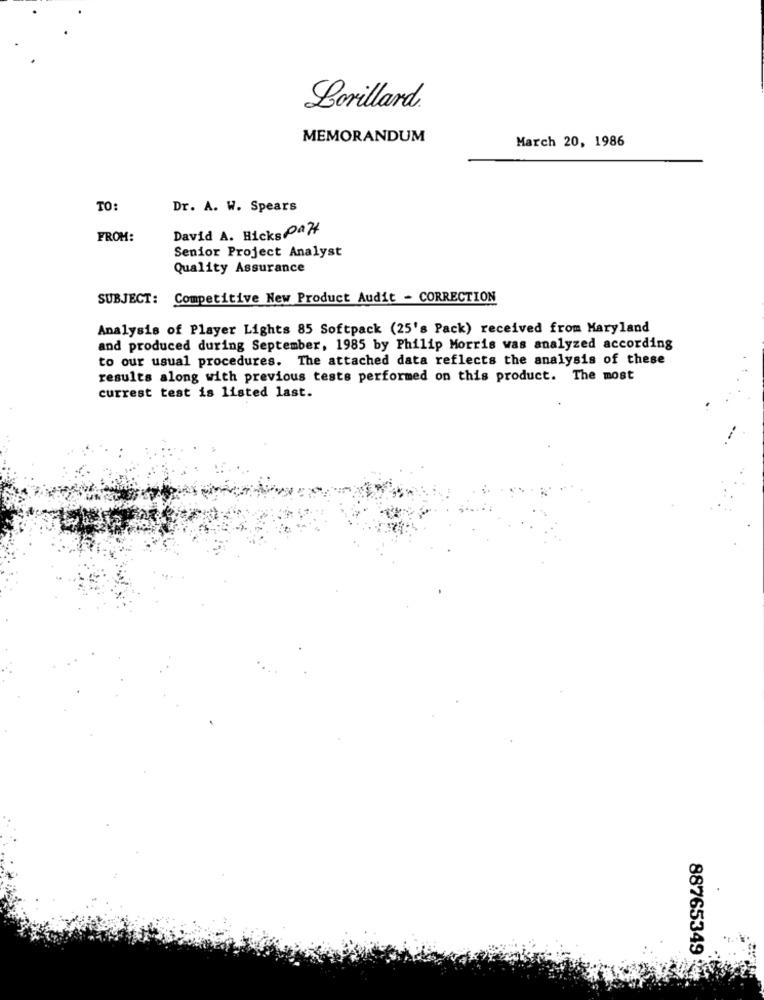
Lorillard.
MEMORANDUM
March 20, 1986
TO:
Dr. A. W. Spears
David A. Hicks Paz
FROM:
Senior Project Analyst
Quality Assurance
SUBJECT: Competitive New Product Audit - CORRECTION
Analysis of Player Lights 85 Softpack (25's Pack) received from Maryland
and produced during September, 1985 by Philip Morris was analyzed according
to our usual procedures. The attached data reflects the analysis of these
results along with previous tests performed on this product. The most
currest test is listed last.
88765349